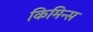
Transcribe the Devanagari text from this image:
किमिन्स